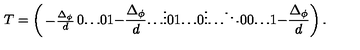
T = \left( \begin{matrix} { - \frac { \Delta _ { \phi } } { d } } & { 0 } & { \ldots } & { 0 } \\ { 1 } & { - \frac { \Delta _ { \phi } } { d } } & { \ldots } & { \vdots } \\ { 0 } & { 1 } & { \ldots } & { 0 } \\ { \vdots } & { \ldots } & { \ddots } & { 0 } \\ { 0 } & { \ldots } & { 1 } & { - \frac { \Delta _ { \phi } } { d } } \\ \end{matrix} \right) .